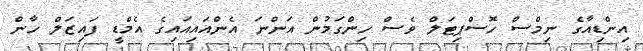
އިންޑިއާގެ ނިމްސް ހޮސްޕިޓަލް ވެސް ހިންގަމުން އަންނަ އެންއައިއައިގެ އެމްޑީ ފައިޒަލް ހާން